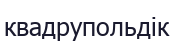
квадрупольдік